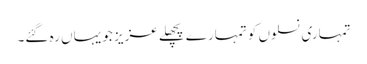
تمہاری نسلوں کو تمہارے پچھلے عزیز جو یہاں رہ گئے۔